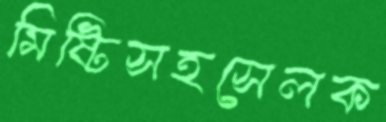
মিষ্টিসহসেলক